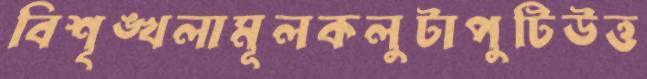
বিশৃঙ্খলামূলকলুটাপুটিউত্ত